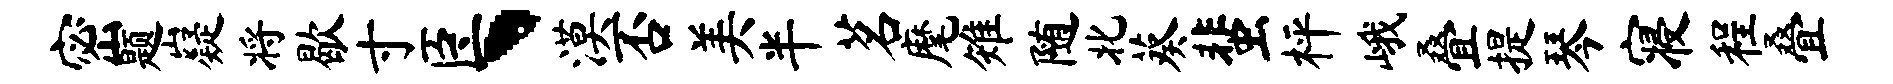
密题嶷将歇寸臣、漠否美半茗麾雉随北葵蜚枰峨叠提琴寝程叠